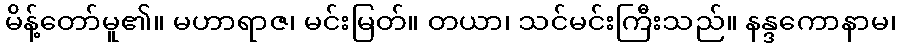
မိန့်တော်မူ၏။ မဟာရာဇ၊ မင်းမြတ်။ တယာ၊ သင်မင်းကြီးသည်။ နန္ဒကောနာမ၊